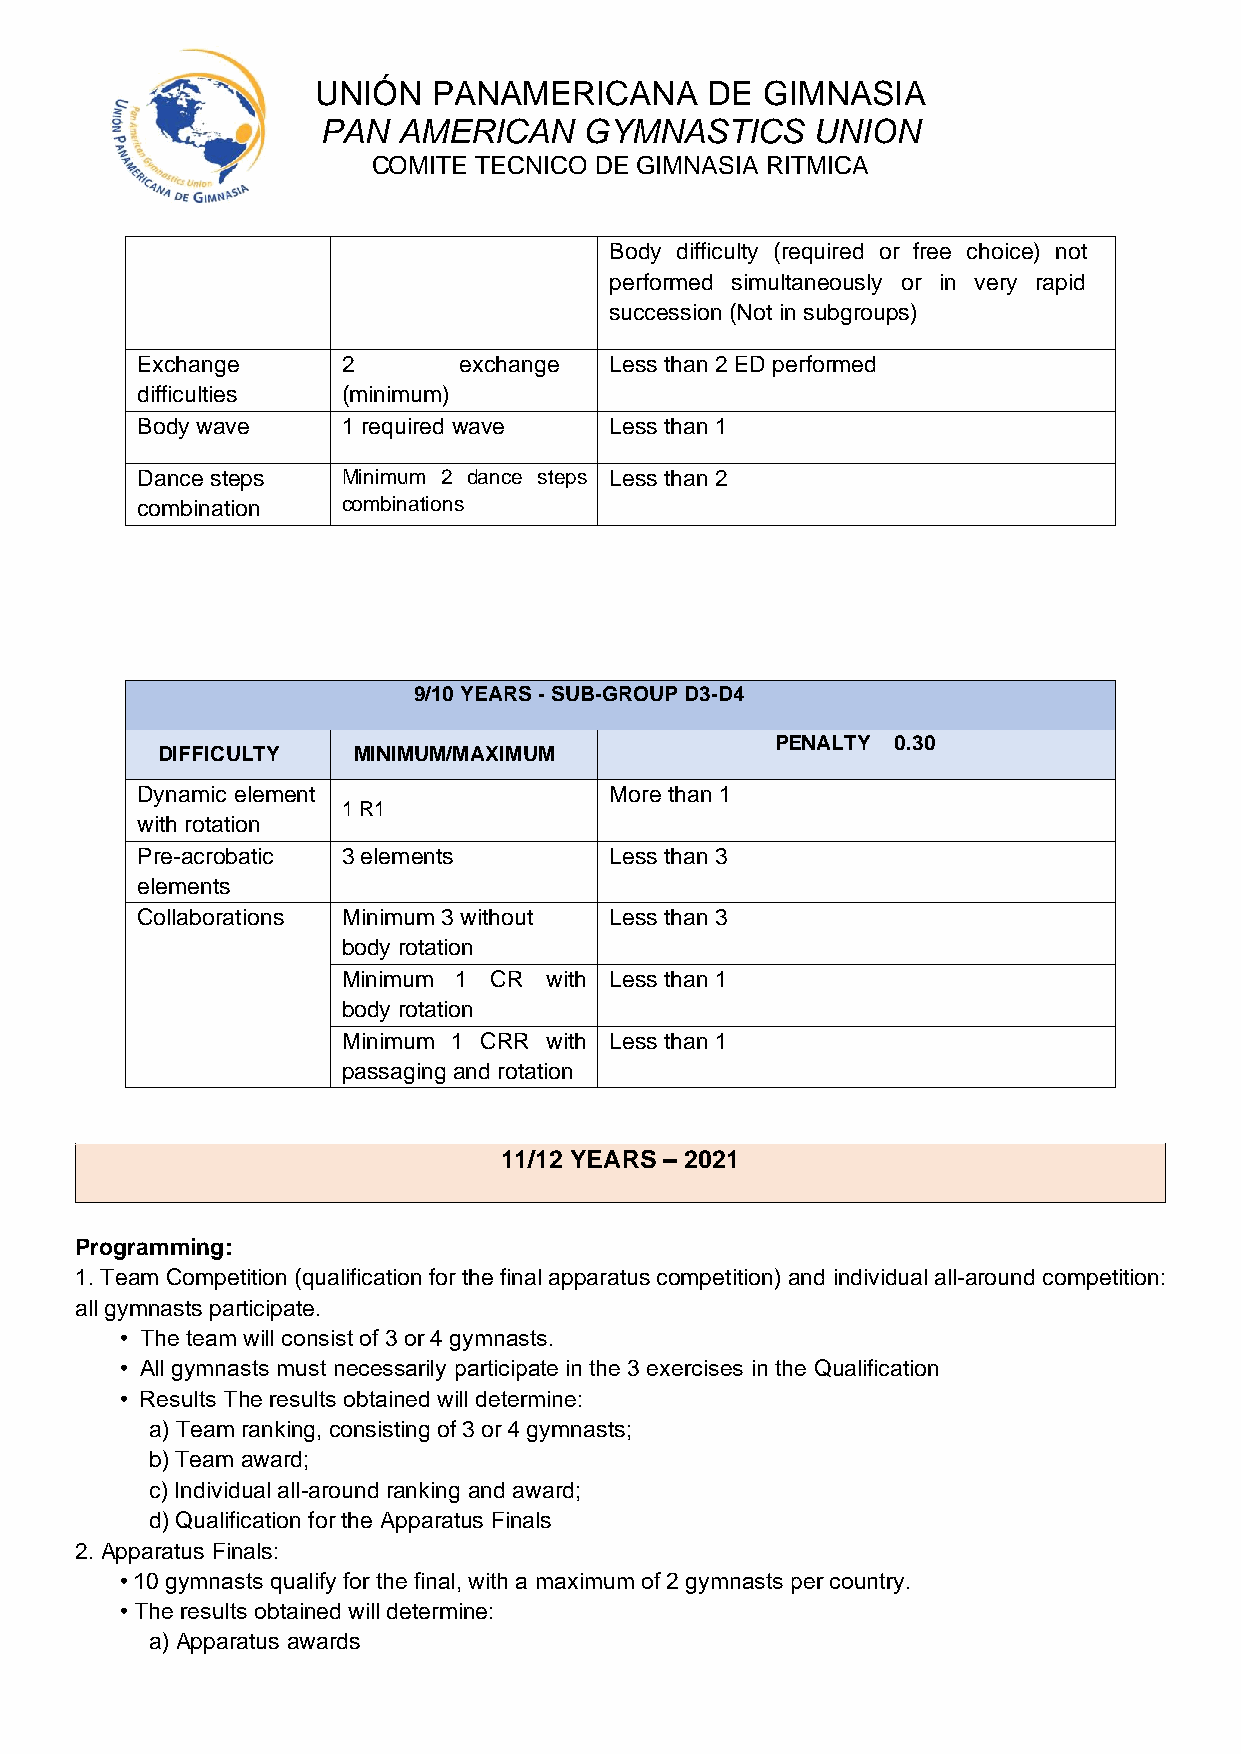
UNIÓN   PANAMERICANA      DE GIMNASIA
 PAN  AMERICAN     GYMNASTICS     UNION
 COMITE TECNICO DE GIMNASIA RITMICA
 Body difficulty (required or free choice) not
 performed simultaneously or in very rapid
 succession (Not in subgroups)
 Exchange      2      exchange  Less than 2 ED performed
 difficulties  (minimum)
 Body wave     1 required wave  Less than 1
 Dance steps   Minimum 2 dance steps Less than 2
 combination   combinations
 9/10 YEARS - SUB-GROUP D3-D4
 PENALTY 0.30
 DIFFICULTY   MINIMUM/MAXIMUM
 Dynamic element                More than 1
 1 R1
 with rotation
 Pre-acrobatic 3 elements       Less than 3
 elements
 Collaborations Minimum 3 without Less than 3
 body rotation
 Minimum 1 CR with Less than 1
 body rotation
 Minimum 1 CRR with Less than 1
 passaging and rotation
 11/12 YEARS – 2021
 Programming:
 1. Team Competition (qualification for the final apparatus competition) and individual all-around competition:
 all gymnasts participate.
 • The team will consist of 3 or 4 gymnasts.
 • All gymnasts must necessarily participate in the 3 exercises in the Qualification
 • Results The results obtained will determine:
 a) Team ranking, consisting of 3 or 4 gymnasts;
 b) Team award;
 c) Individual all-around ranking and award;
 d) Qualification for the Apparatus Finals
 2. Apparatus Finals:
 • 10 gymnasts qualify for the final, with a maximum of 2 gymnasts per country.
 • The results obtained will determine:
 a) Apparatus awards